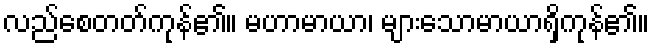
လည်စေတတ်ကုန်၏။ မဟာမာယာ၊ များသောမာယာရှိကုန်၏။